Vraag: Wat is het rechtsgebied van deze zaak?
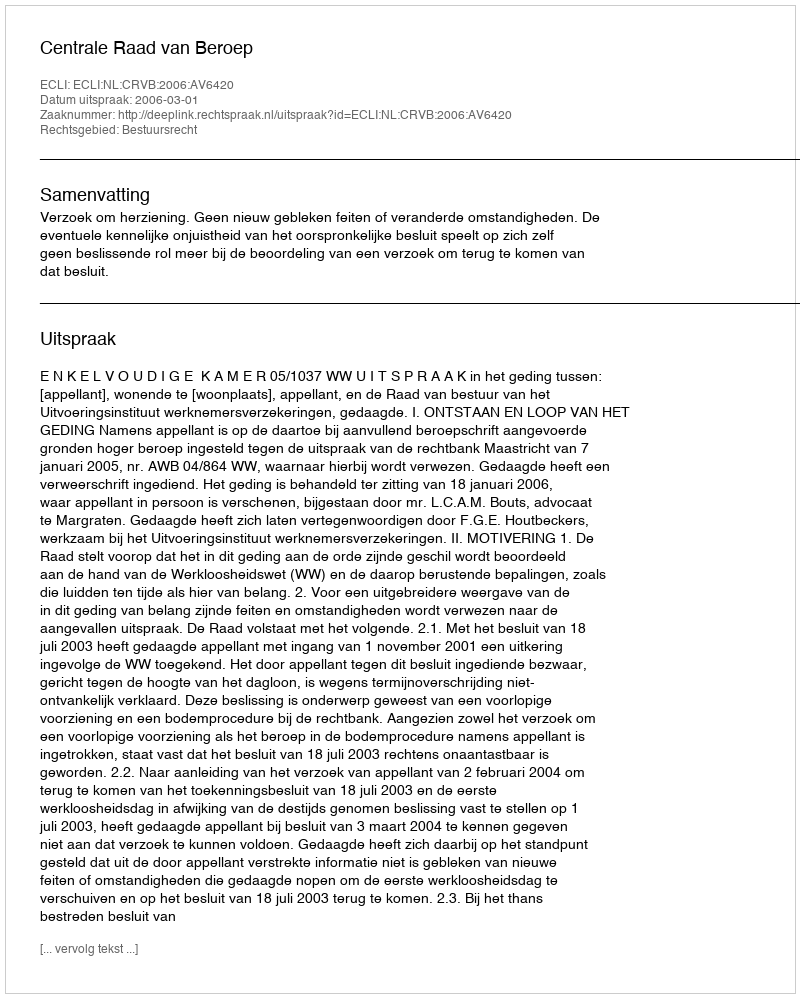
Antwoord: Bestuursrecht